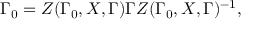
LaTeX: \Gamma _ { 0 } = Z ( \Gamma _ { 0 } , X , \Gamma ) \Gamma Z ( \Gamma _ { 0 } , X , \Gamma ) ^ { - 1 } ,